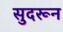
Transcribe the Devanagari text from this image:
सुदरून